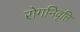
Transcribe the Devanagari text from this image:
रोगनिवृत्ति